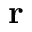
\textbf { r }